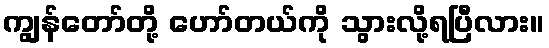
ကျွန်တော်တို့ ဟော်တယ်ကို သွားလို့ရပြီလား။